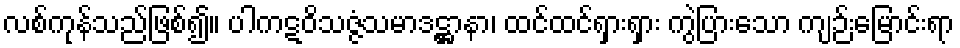
လစ်ကုန်သည်ဖြစ်၍။ ပါကဋဝိသဇ္ဇံသမာဒဋ္ဌာနာ၊ ထင်ထင်ရှားရှား ကွဲပြားသော ကျဉ်းမြောင်းရာ